Trukikaitis_Postimees, lk 27
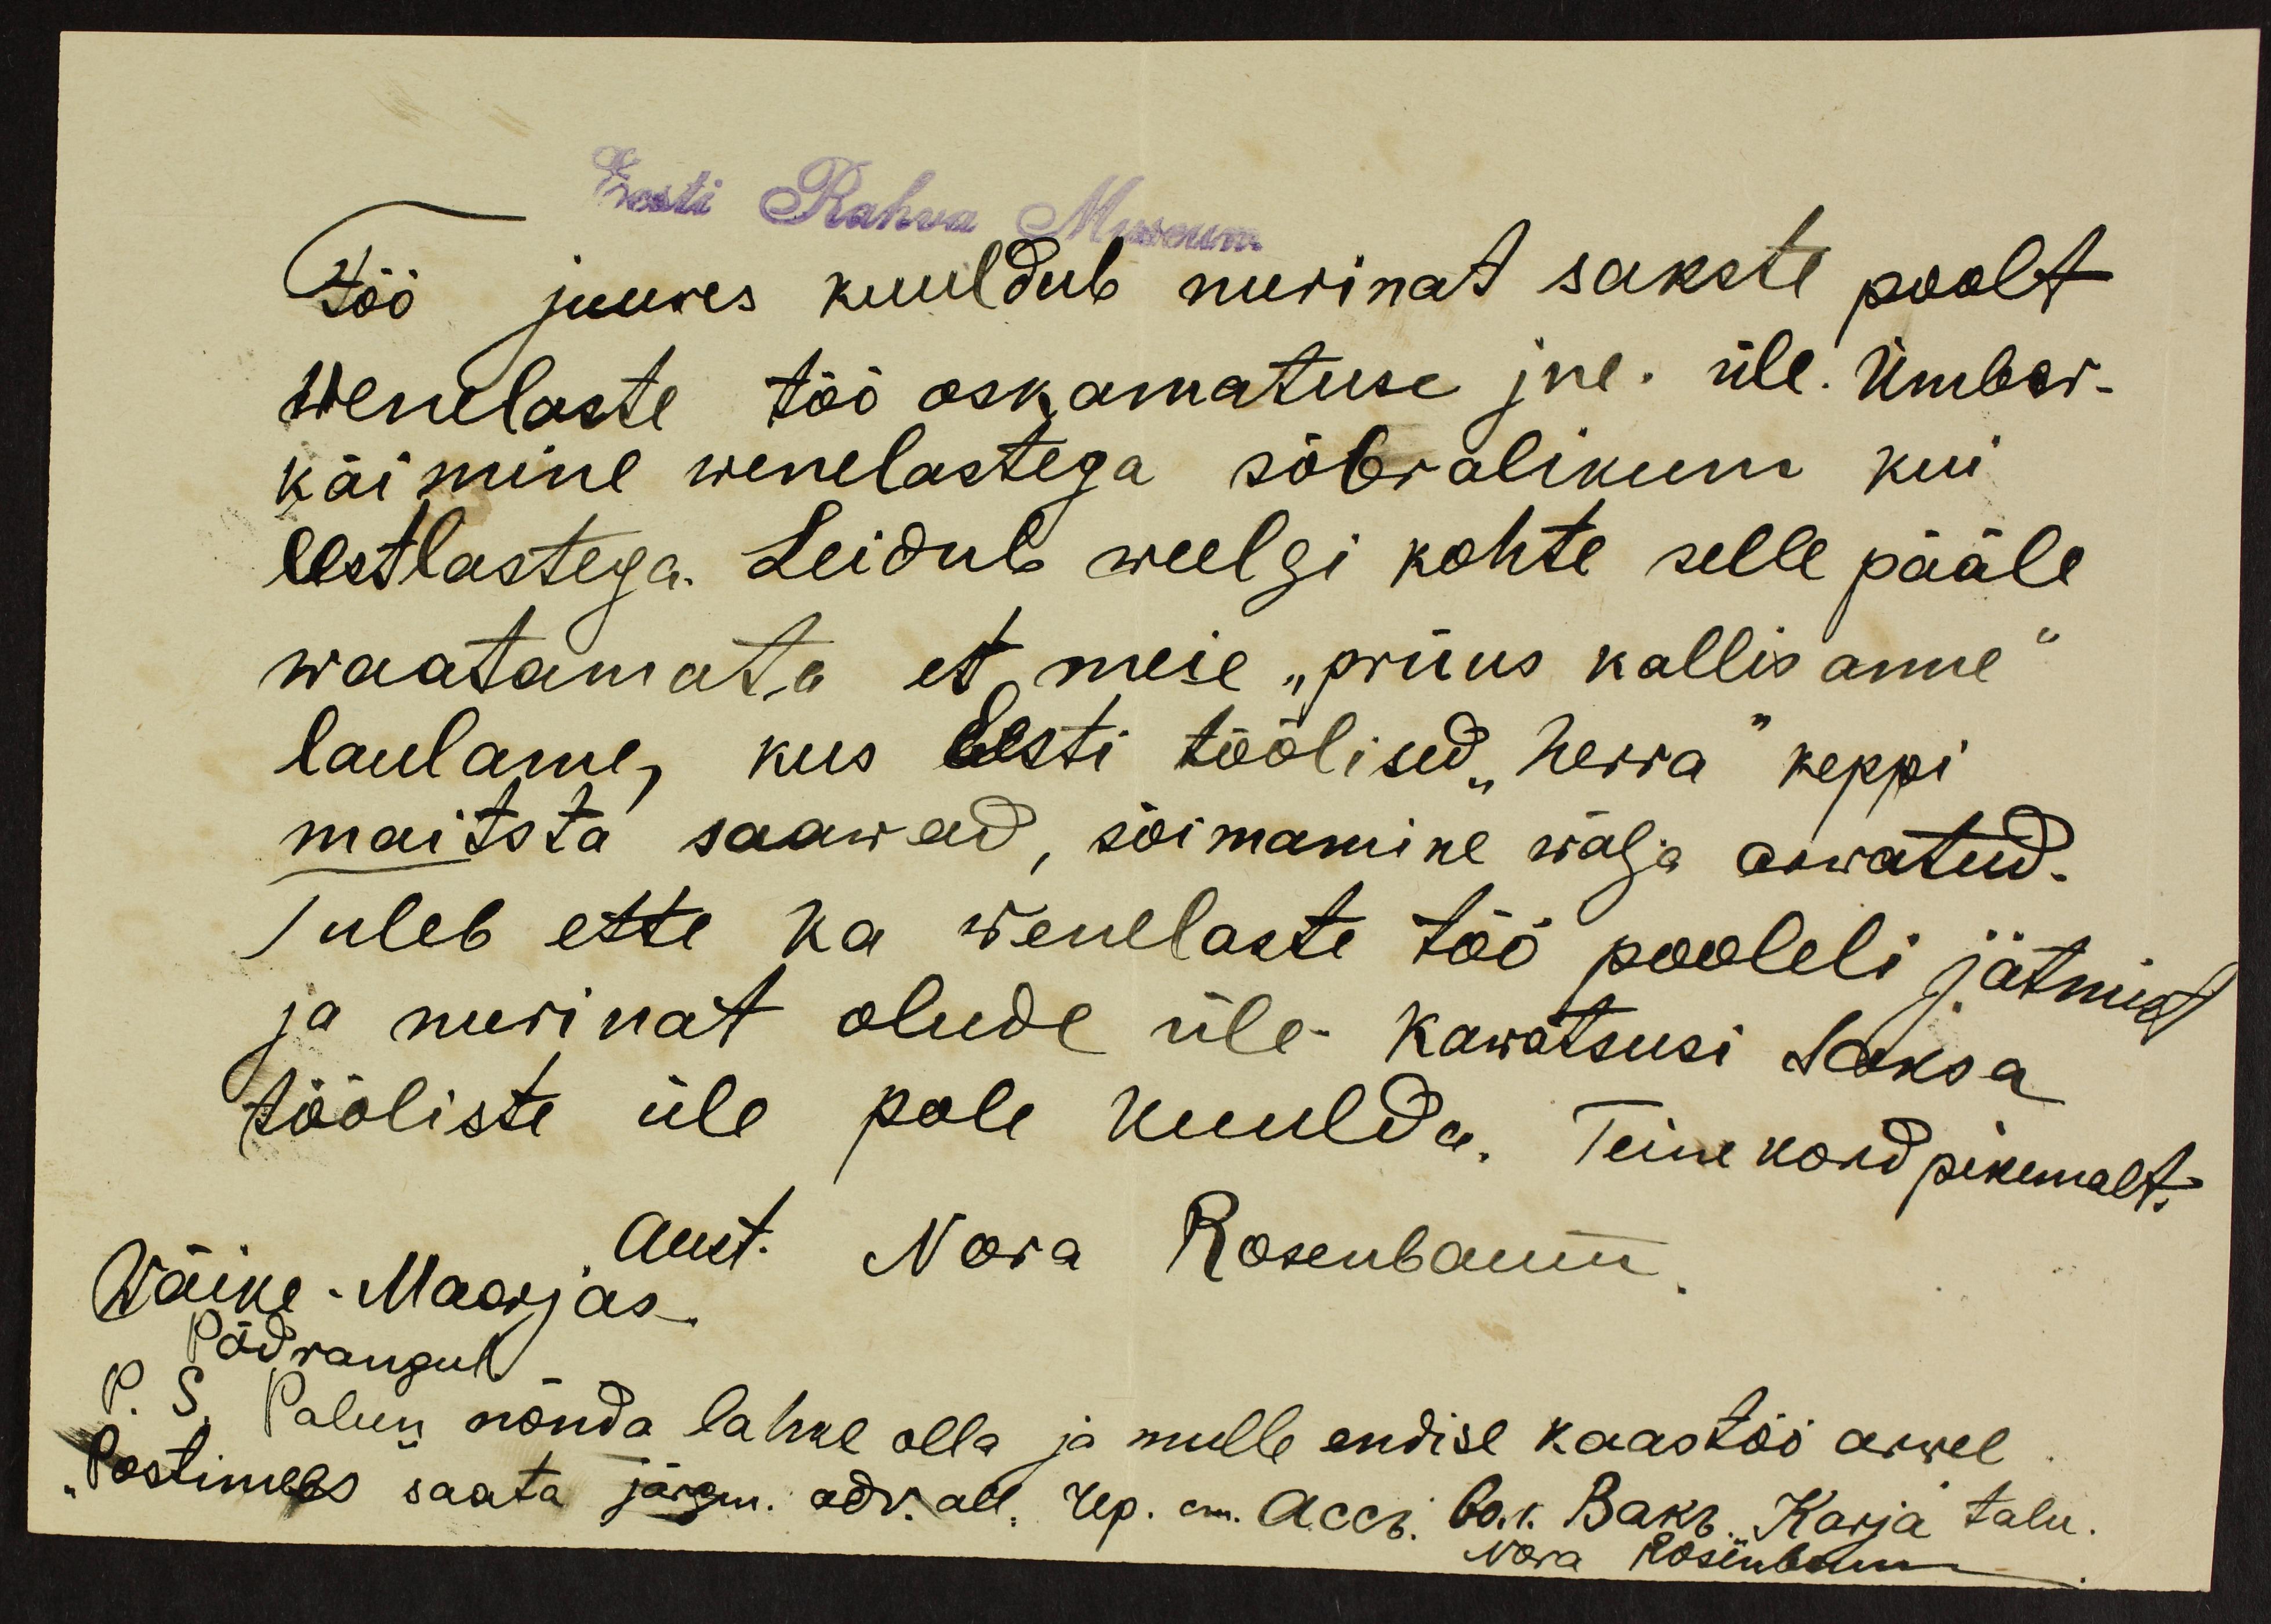
Eesti Rahva Museum
Töö juures kuuldub nurinat sakste poolt
wenelaste töö oskamatuse jne. üle. Ümber-
käimine wenelastega sõbralikum kui
eestlastega. Leidub weelgi kohte selle pääle
waatamata et meie "priius kallis anne"
laulame, kus Eesti töölised "herra" keppi
maitsta saawad, sõimamine wälja arwatud.
Tuleb ette ka wenelaste töö pooleli jätmist
ja nurinat olude üle kawatsusi Saksa
tööliste üle pole kuulda. Teine kord pikemalt.
Aust. Nora Rosenbaum
Wäike-Maarjas.
Põdrangul
P. S.
Palun nõnda lahke olla ja mulle endise kaastöö arwel
Postimees saata järgm. adr. all. Ap. on. Accr. 60 r. Baks, Karja talu.
Nora Rosenbaum